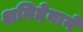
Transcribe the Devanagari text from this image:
शनिदेवाने